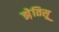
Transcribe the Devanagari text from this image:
झ़ेतिसू